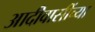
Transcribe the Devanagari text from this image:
आदीवासींच्या